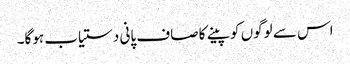
اس سے لوگوں کو پینے کا صاف پانی دستیاب ہوگا۔